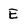
Character: E